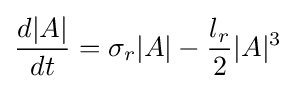
{\frac {d|A|}{dt}}=\sigma _{r}|A|-{\frac {l_{r}}{2}}|A|^{3}